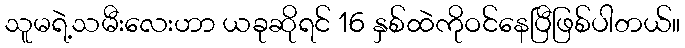
သူမရဲ့သမီးလေးဟာ ယခုဆိုရင် 16 နှစ်ထဲကိုဝင်နေပြီဖြစ်ပါတယ်။